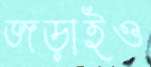
জড়াইও